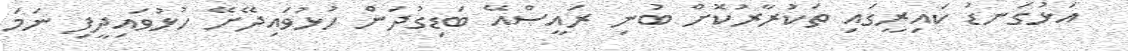
އަޅުގަނޑު ކައިރީގައި ތަކުރާރުކޮށް ބުނި ރައީސްއޭ ބަޑިގުދަން ހުޅުވައިދޭށޭ ހުޅުވައިދީފި ނަމަ